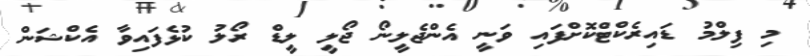
މި ފިލްމު ޑައިރެކްޓްކޮށްފައި ވަނީ އެންޖެލީނޯ ޖޯލީ ލީޑް ރޯލު ކުޅެފައިވާ އެކްޝަން